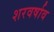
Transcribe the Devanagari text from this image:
शरवर्षाव